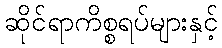
ဆိုင်ရာကိစ္စရပ်များနှင့်